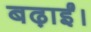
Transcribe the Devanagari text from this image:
बढ़ाईं।